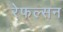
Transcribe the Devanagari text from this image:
रेफल्सन